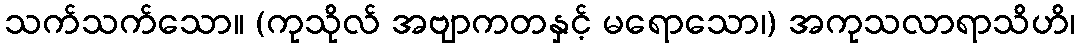
သက်သက်သော။ (ကုသိုလ် အဗျာကတနှင့် မရောသော၊) အကုသလာရာသိဟိ၊